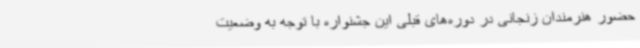
حضور هنرمندان زنجانی در دوره‌های قبلی این جشنواره با توجه به وضعیت